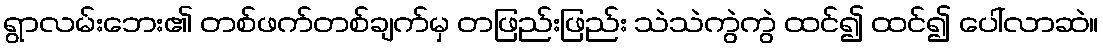
ရွာလမ်းဘေး၏ တစ်ဖက်တစ်ချက်မှ တဖြည်းဖြည်း သဲသဲကွဲကွဲ ထင်၍ ထင်၍ ပေါ်လာဆဲ။